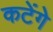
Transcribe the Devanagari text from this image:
कटेंगे